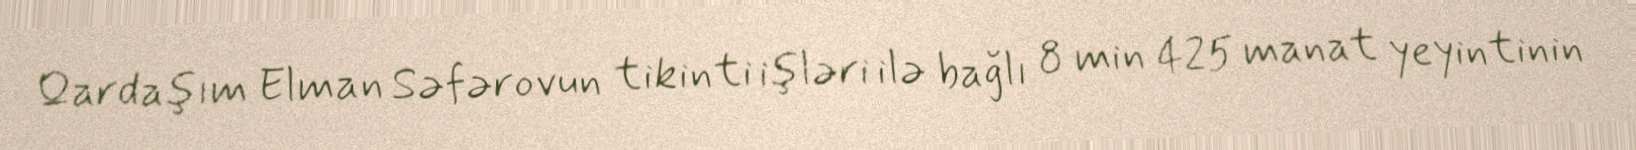
Qardaşım Elman Səfərovun tikinti işləri ilə bağlı 8 min 425 manat yeyintinin